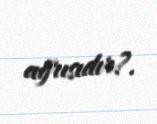
ağrısıdır?.